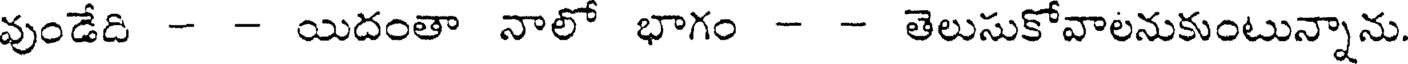
వుండేది - - యిదంతా నాలో భాగం - - తెలుసుకోవాలనుకుంటున్నాను.